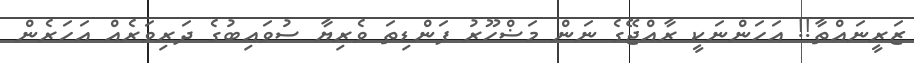
ޒަރީނައްތާ!! އަހަންނަކީ ރާއްޖޭގެ ނަން މަޟްހޫރު ފަންޑިތަ ވެރިޔާ ސުވައިބުގެ ދަރިވަރެއް އަހަރެން